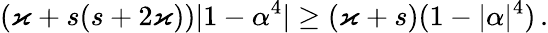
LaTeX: (\varkappa+s(s+2\varkappa))\vert 1-\alpha^{4}\vert\geq(\varkappa+s)(1-\vert\alpha\vert^{4})\, .